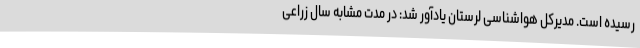
رسیده است. مدیرکل هواشناسی لرستان یادآور شد: در مدت مشابه سال زراعی